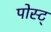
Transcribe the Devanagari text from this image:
पोस्ट्